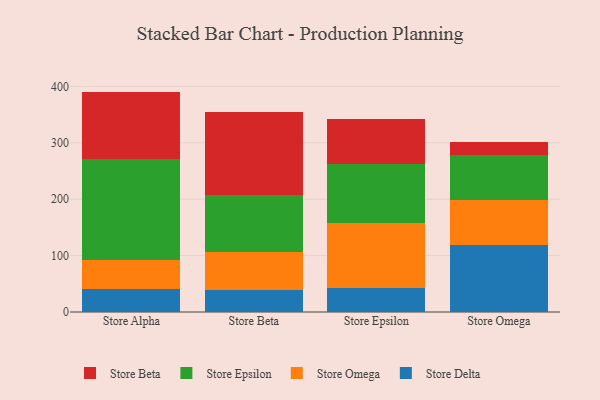
{"axis": {"x": "Store", "y": "Temperature (°C)"}, "legend": ["Store Beta", "Store Delta", "Store Epsilon", "Store Omega"], "data": [{"x": "Store Alpha", "y": 41.1, "type": "Store Delta"}, {"x": "Store Alpha", "y": 51.0, "type": "Store Omega"}, {"x": "Store Alpha", "y": 179.8, "type": "Store Epsilon"}, {"x": "Store Alpha", "y": 118.9, "type": "Store Beta"}, {"x": "Store Beta", "y": 39.9, "type": "Store Delta"}, {"x": "Store Beta", "y": 65.7, "type": "Store Omega"}, {"x": "Store Beta", "y": 101.4, "type": "Store Epsilon"}, {"x": "Store Beta", "y": 148.1, "type": "Store Beta"}, {"x": "Store Epsilon", "y": 42.5, "type": "Store Delta"}, {"x": "Store Epsilon", "y": 115.3, "type": "Store Omega"}, {"x": "Store Epsilon", "y": 105.4, "type": "Store Epsilon"}, {"x": "Store Epsilon", "y": 79.6, "type": "Store Beta"}, {"x": "Store Omega", "y": 118.4, "type": "Store Delta"}, {"x": "Store Omega", "y": 80.2, "type": "Store Omega"}, {"x": "Store Omega", "y": 79.0, "type": "Store Epsilon"}, {"x": "Store Omega", "y": 24.7, "type": "Store Beta"}]}